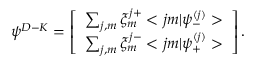
{ \psi } ^ { D - K } = \left[ \begin{array} { c } { { \sum _ { j , m } \xi _ { m } ^ { j + } < j m | { \psi } _ { - } ^ { ( j ) } > } } \\ { { \sum _ { j , m } \xi _ { m } ^ { j - } < j m | { \psi } _ { + } ^ { ( j ) } > } } \end{array} \right] .